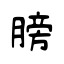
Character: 膀